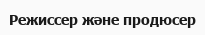
Режиссер және продюсер